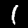
Label: 1